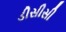
ડીસીસી